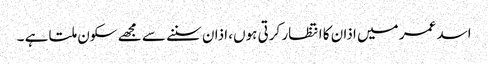
اسد عمر میں اذان کا انتظار کرتی ہوں، اذان سننے سے مجھے سکون ملتا ہے ۔